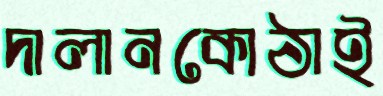
দালানকোঠাই